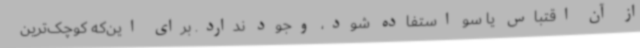
از آن اقتباس یا سو استفاده شود، وجود ندارد. برای این‌که کوچک‌ترین